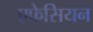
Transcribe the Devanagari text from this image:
एफेसियन